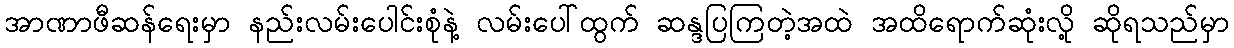
အာဏာဖီဆန်ရေးမှာ နည်းလမ်းပေါင်းစုံနဲ့ လမ်းပေါ်ထွက် ဆန္ဒပြကြတဲ့အထဲ အထိရောက်ဆုံးလို့ ဆိုရသည်မှာ